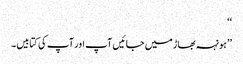
‘‘
’’ہونہہ بھاڑ میں جائیں آپ اور آپ کی کتابیں۔